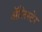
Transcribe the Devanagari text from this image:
अॅलिस्टेर